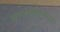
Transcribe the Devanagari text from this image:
समाजस्वास्थ्यात